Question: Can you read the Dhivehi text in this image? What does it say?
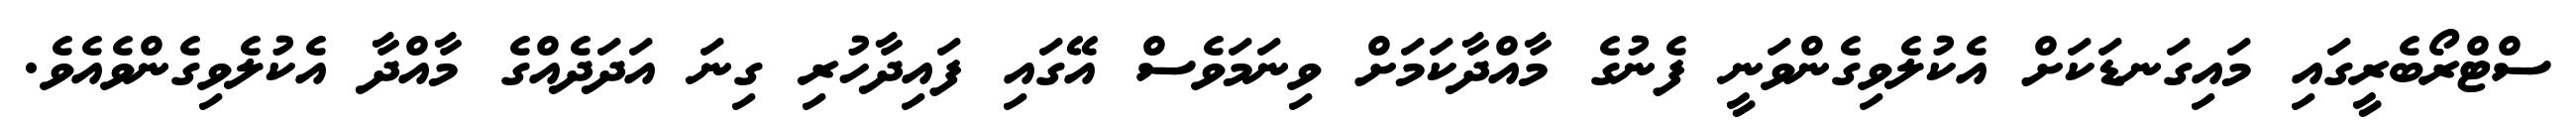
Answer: ސްޓްރޯބެރީގައި މައިގަނޑަކަށް އެކުލެވިގެންވަނީ ފެނުގެ މާއްދާކަމަށް ވިނަމަވެސް އޭގައި ފައިދާހުރި ގިނަ އަދަދެއްގެ މާއްދާ އެކުލެވިގެންވެއެވެ.